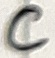
Text: C